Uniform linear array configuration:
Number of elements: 32
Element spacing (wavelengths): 0.25
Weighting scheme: kaiser
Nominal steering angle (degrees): -15
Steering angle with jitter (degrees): -14.072
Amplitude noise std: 0.05
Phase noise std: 0.05

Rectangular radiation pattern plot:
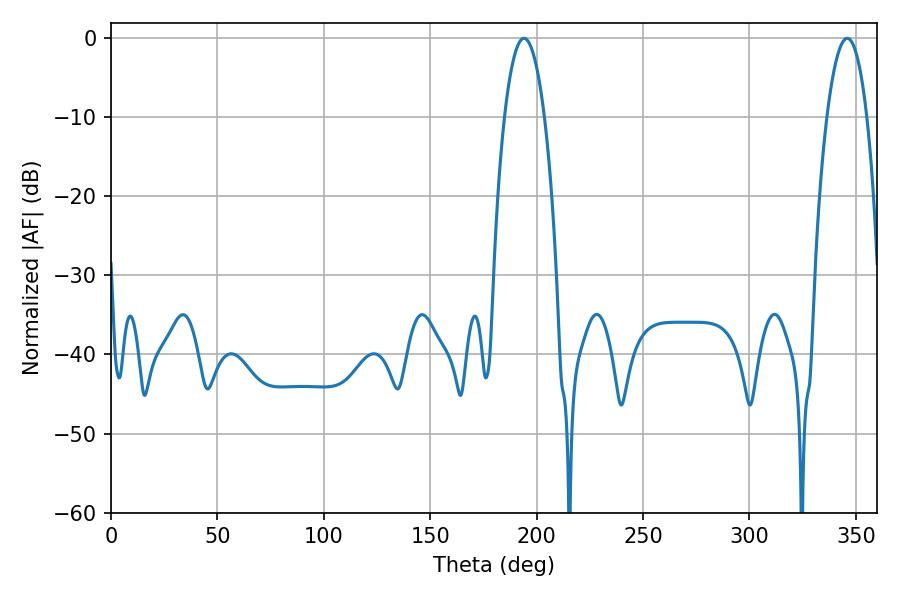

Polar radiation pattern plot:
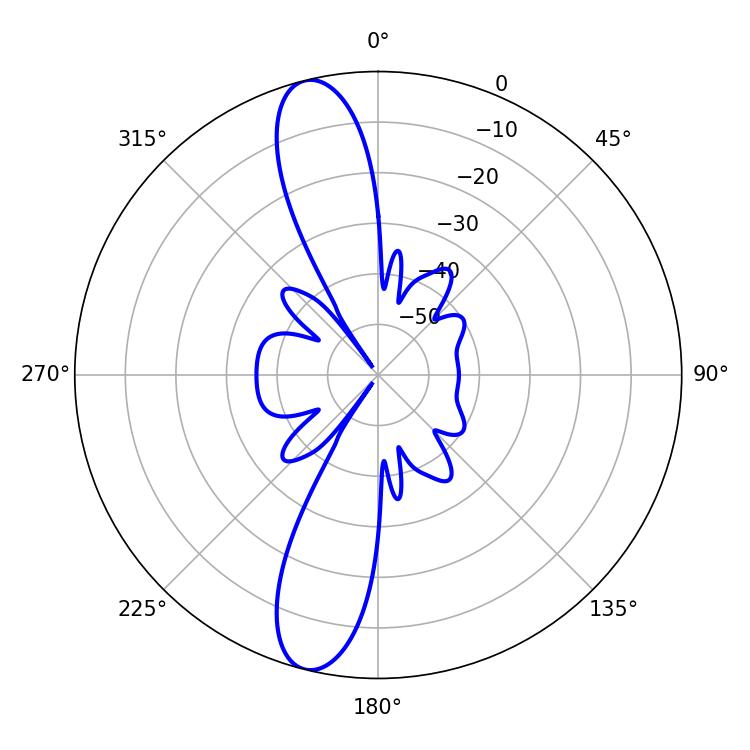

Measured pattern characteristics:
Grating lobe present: FALSE
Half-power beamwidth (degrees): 10.44
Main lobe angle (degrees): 194.04